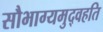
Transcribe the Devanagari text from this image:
सौभाग्यमुद्वहति